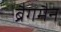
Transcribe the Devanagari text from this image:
ब्रैगमैन